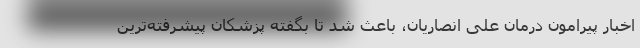
اخبار پیرامون درمان علی انصاریان، باعث شد تا بگفته پزشکان پیشرفته‌ترین